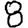
Digit: 8